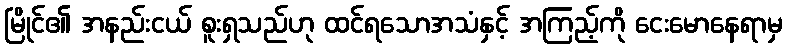
မြိုင်၏ အနည်းငယ် စူးရှသည်ဟု ထင်ရသောအသံနှင့် အကြည့်ကို ငေးမောနေရာမှ